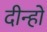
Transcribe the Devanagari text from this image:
दीन्हों